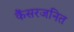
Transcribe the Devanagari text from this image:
कैंसरजनित